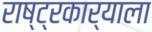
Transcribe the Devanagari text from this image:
राष्ट्रकार्याला